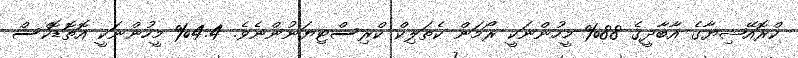
ކްރޮއޭޝިޔާގެ އާބާދީގެ 88% މީހުންނަކީ ރޯމަން ކެތަލިކް ކްރިސްޓިޔަނުންނެވެ. 4.4% މީހުންނަކީ އޮތޮޑޮކްސް